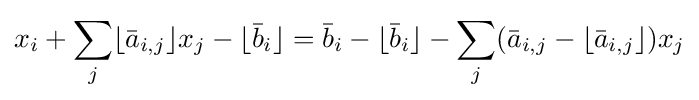
x_{i}+\sum _{j}\lfloor {\bar {a}}_{i,j}\rfloor x_{j}-\lfloor {\bar {b}}_{i}\rfloor ={\bar {b}}_{i}-\lfloor {\bar {b}}_{i}\rfloor -\sum _{j}({\bar {a}}_{i,j}-\lfloor {\bar {a}}_{i,j}\rfloor )x_{j}